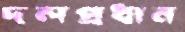
দলপ্রধান